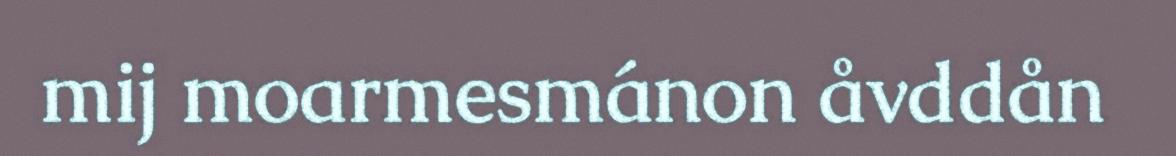
mij moarmesmánon åvddån